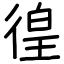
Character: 徨